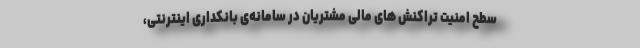
سطح امنیت تراکنش های مالی مشتریان در سامانه‌ی بانکداری اینترنتی،